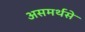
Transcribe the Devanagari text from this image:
असमर्थसे